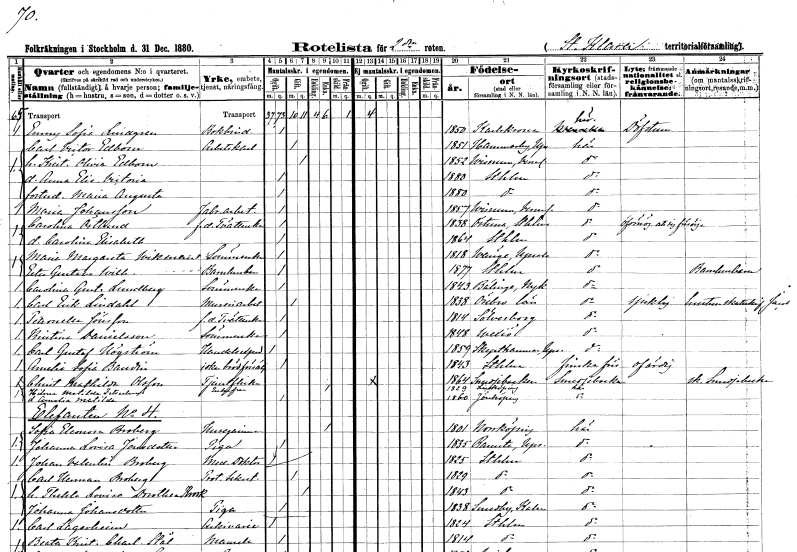
gt_parse: households: individuals: FN: Emmy Sofia
EN: Lindgren
YRKE: Bokbinderska
KON: K
CIV: O
FODAR: 1850
FODFORS: Karlskrona Blekinge län
FN: Carl Victor
EN: Edbom
YRKE: Arbetskarl
KON: M
CIV: G
FODAR: 1851
FODFORS: Hammarby Stockholms län
FN: Kristina Olivia
EN: Edbom
KON: K
CIV: G
FODAR: 1852
FODFORS: Visnum Värmlands län
FN: Anna Elisabet Victoria
KON: K
CIV: O
FODAR: 1880
FODFORS: Stockholm
FN: Maria Augusta
KON: K
CIV: O
FODAR: 1880
FODFORS: Stockholm
FN: Maria
EN: Johansson
YRKE: Fabriksarbeterska
KON: K
CIV: O
FODAR: 1857
FODFORS: Visnum Värmlands län
FN: Carolina
EN: Östlund
YRKE: Tvätterska f.d.
KON: K
CIV: O
FODAR: 1838
FODFORS: Östuna Uppsala län
FN: Carolina Elisabeth
KON: K
CIV: O
FODAR: 1864
FODFORS: Stockholm
FN: Maria Margareta
EN: Wikman
YRKE: Sömmerska
KON: K
CIV: O
FODAR: 1818
FODFORS: Vänge Uppsala län
FN: Ester Gustava
YRKE: Barnhusbarn
KON: K
CIV: O
FODAR: 1877
FODFORS: Stockholm
FN: Carolina Gustava
EN: Lundberg
YRKE: Sömmerska
KON: K
CIV: O
FODAR: 1843
FODFORS: Bälinge Södermanlands län
FN: Carl Erik
EN: Lindahl
YRKE: Mureriarbetare
KON: M
CIV: G
FODAR: 1838
FODFORS: Örebro Örebro län
FN: Petronella
EN: Jönsson
YRKE: Tvätterska f.d.
KON: K
CIV: O
FODAR: 1814
FODFORS: Sölvesborg Blekinge län
FN: Kristina
EN: Danielsson
YRKE: Sömmerska
KON: K
CIV: O
FODAR: 1848
FODFORS: Växjö Kronobergs län
FN: Carl Gustaf
EN: Högström
YRKE: Handelsexpedit
KON: M
CIV: O
FODAR: 1859
FODFORS: Skäfthammar Uppsala län
FN: Amelia Sofia
EN: Baudin
YRKE: Brödförsäljerska
KON: K
CIV: O
FODAR: 1843
FODFORS: Stockholm
FN: Christina Mathilda
EN: Olsson
YRKE: Tjänsteflicka
KON: K
CIV: O
FODAR: 1864
FODFORS: Norrbärke Kopparbergs län
FN: Hilma Matilda
EN: Zetterberg
KON: K
CIV: E
FODAR: 1829
FODFORS: Linköping Östergötlands län
FN: Amalia Matilda
KON: K
CIV: O
FODAR: 1860
FODFORS: Jönköping Jönköpings län
FN: Sofia Eleonora
EN: Broberg
YRKE: Husägarinna
KON: K
CIV: E
FODAR: 1801
FODFORS: Norrköping Östergötlands län
FN: Johanna Lovisa
EN: Jonsdotter
YRKE: Piga
KON: K
CIV: O
FODAR: 1835
FODFORS: Ramsta Uppsala län
FN: Johan Valentin
EN: Broberg
YRKE: Medicine doktor
KON: M
CIV: O
FODAR: 1825
FODFORS: Stockholm
FN: Carl Herman
EN: Broberg
YRKE: Protokollsekreterare
KON: M
CIV: G
FODAR: 1829
FODFORS: Stockholm
FN: Thekla Lovisa Dorothea
EN: Krook
KON: K
CIV: G
FODAR: 1843
FODFORS: Stockholm
FN: Johanna
EN: Johansdotter
YRKE: Piga
KON: K
CIV: O
FODAR: 1838
FODFORS: Smedby Kalmar län